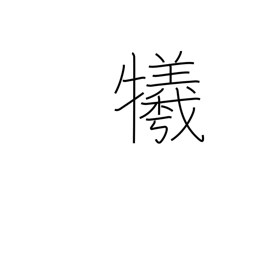
Meaning: sacrifice